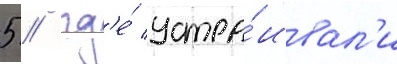
5 / гд'е́ устра́ивал'и